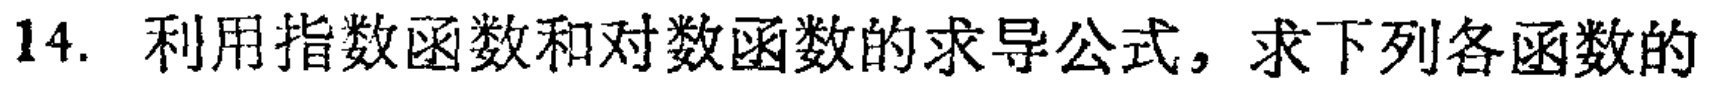
14. 利用指数函数和对数函数的求导公式，求下列各函数的